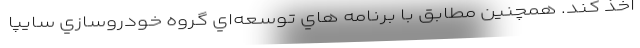
اخذ کند. همچنین مطابق با برنامه هاي توسعه‌اي گروه خودروسازي سايپا